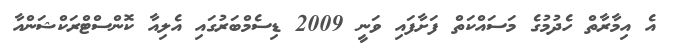
އެ އިމާރާތް ހެދުމުގެ މަސައްކަތް ފަށާފައި ވަނީ 2009 ޑިސެމްބަރުގައި އެލިއާ ކޮންސްޓްރަކްޝަންއާ